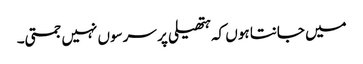
میں جانتا ہوں کہ ہتھیلی پر سرسوں نہیں جمتی۔